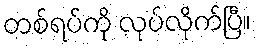
တစ်ရပ်ကို လုပ်လိုက်ပြီ။